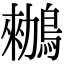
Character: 䳵